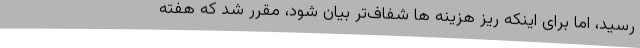
رسید، اما برای اینکه ریز هزینه ها شفاف‌تر بیان شود، مقرر شد که هفته